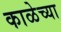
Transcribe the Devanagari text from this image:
काळेच्या